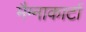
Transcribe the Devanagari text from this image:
मैग्नाकार्टा